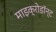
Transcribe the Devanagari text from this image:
माइक्रोडॉन्ट